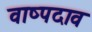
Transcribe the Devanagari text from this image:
वाष्पदाव